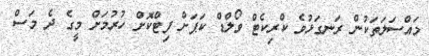
މައްސަލަތަކުން ރަނގަޅުވެ ކްރިކެޓް ވޯލްޑް ކަޕަށް ފިޓްކޮށް ހުރުމަށް މީގެ ދެ މަސް